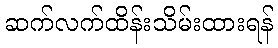
ဆက်လက်ထိန်းသိမ်းထားရန်